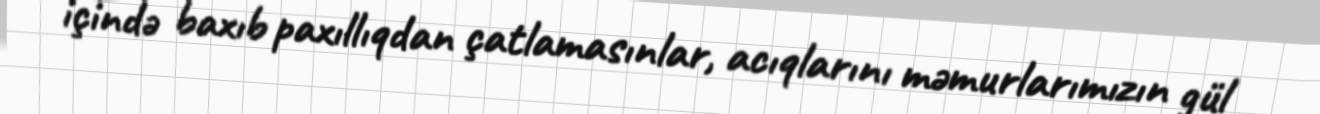
içində baxıb paxıllıqdan çatlamasınlar, acıqlarını məmurlarımızın gül